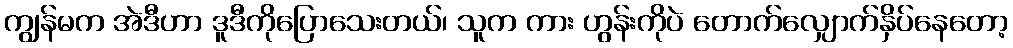
ကျွန်မက အဲဒီဟာ ဒူဒီကိုပြောသေးတယ်၊ သူက ကား ဟွန်းကိုပဲ တောက်လျှောက်နှိပ်နေတော့